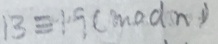
1 3 \equiv 1 . 9 ( m o d n )